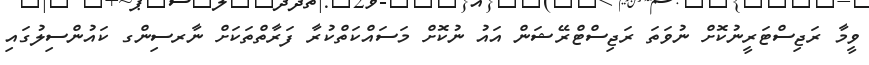
ވީމާ ރަޖިސްޓަރީނުކޮށް ނުވަތަ ރަޖިސްޓްރޭޝަން އައު ނުކޮށް މަސައްކަތްކުރާ ފަރާތްތަކަށް ނާރސިންގ ކައުންސިލުގައި